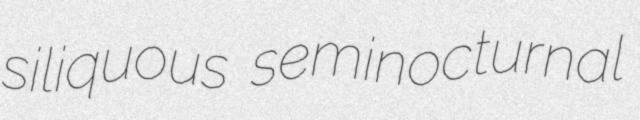
siliquous seminocturnal